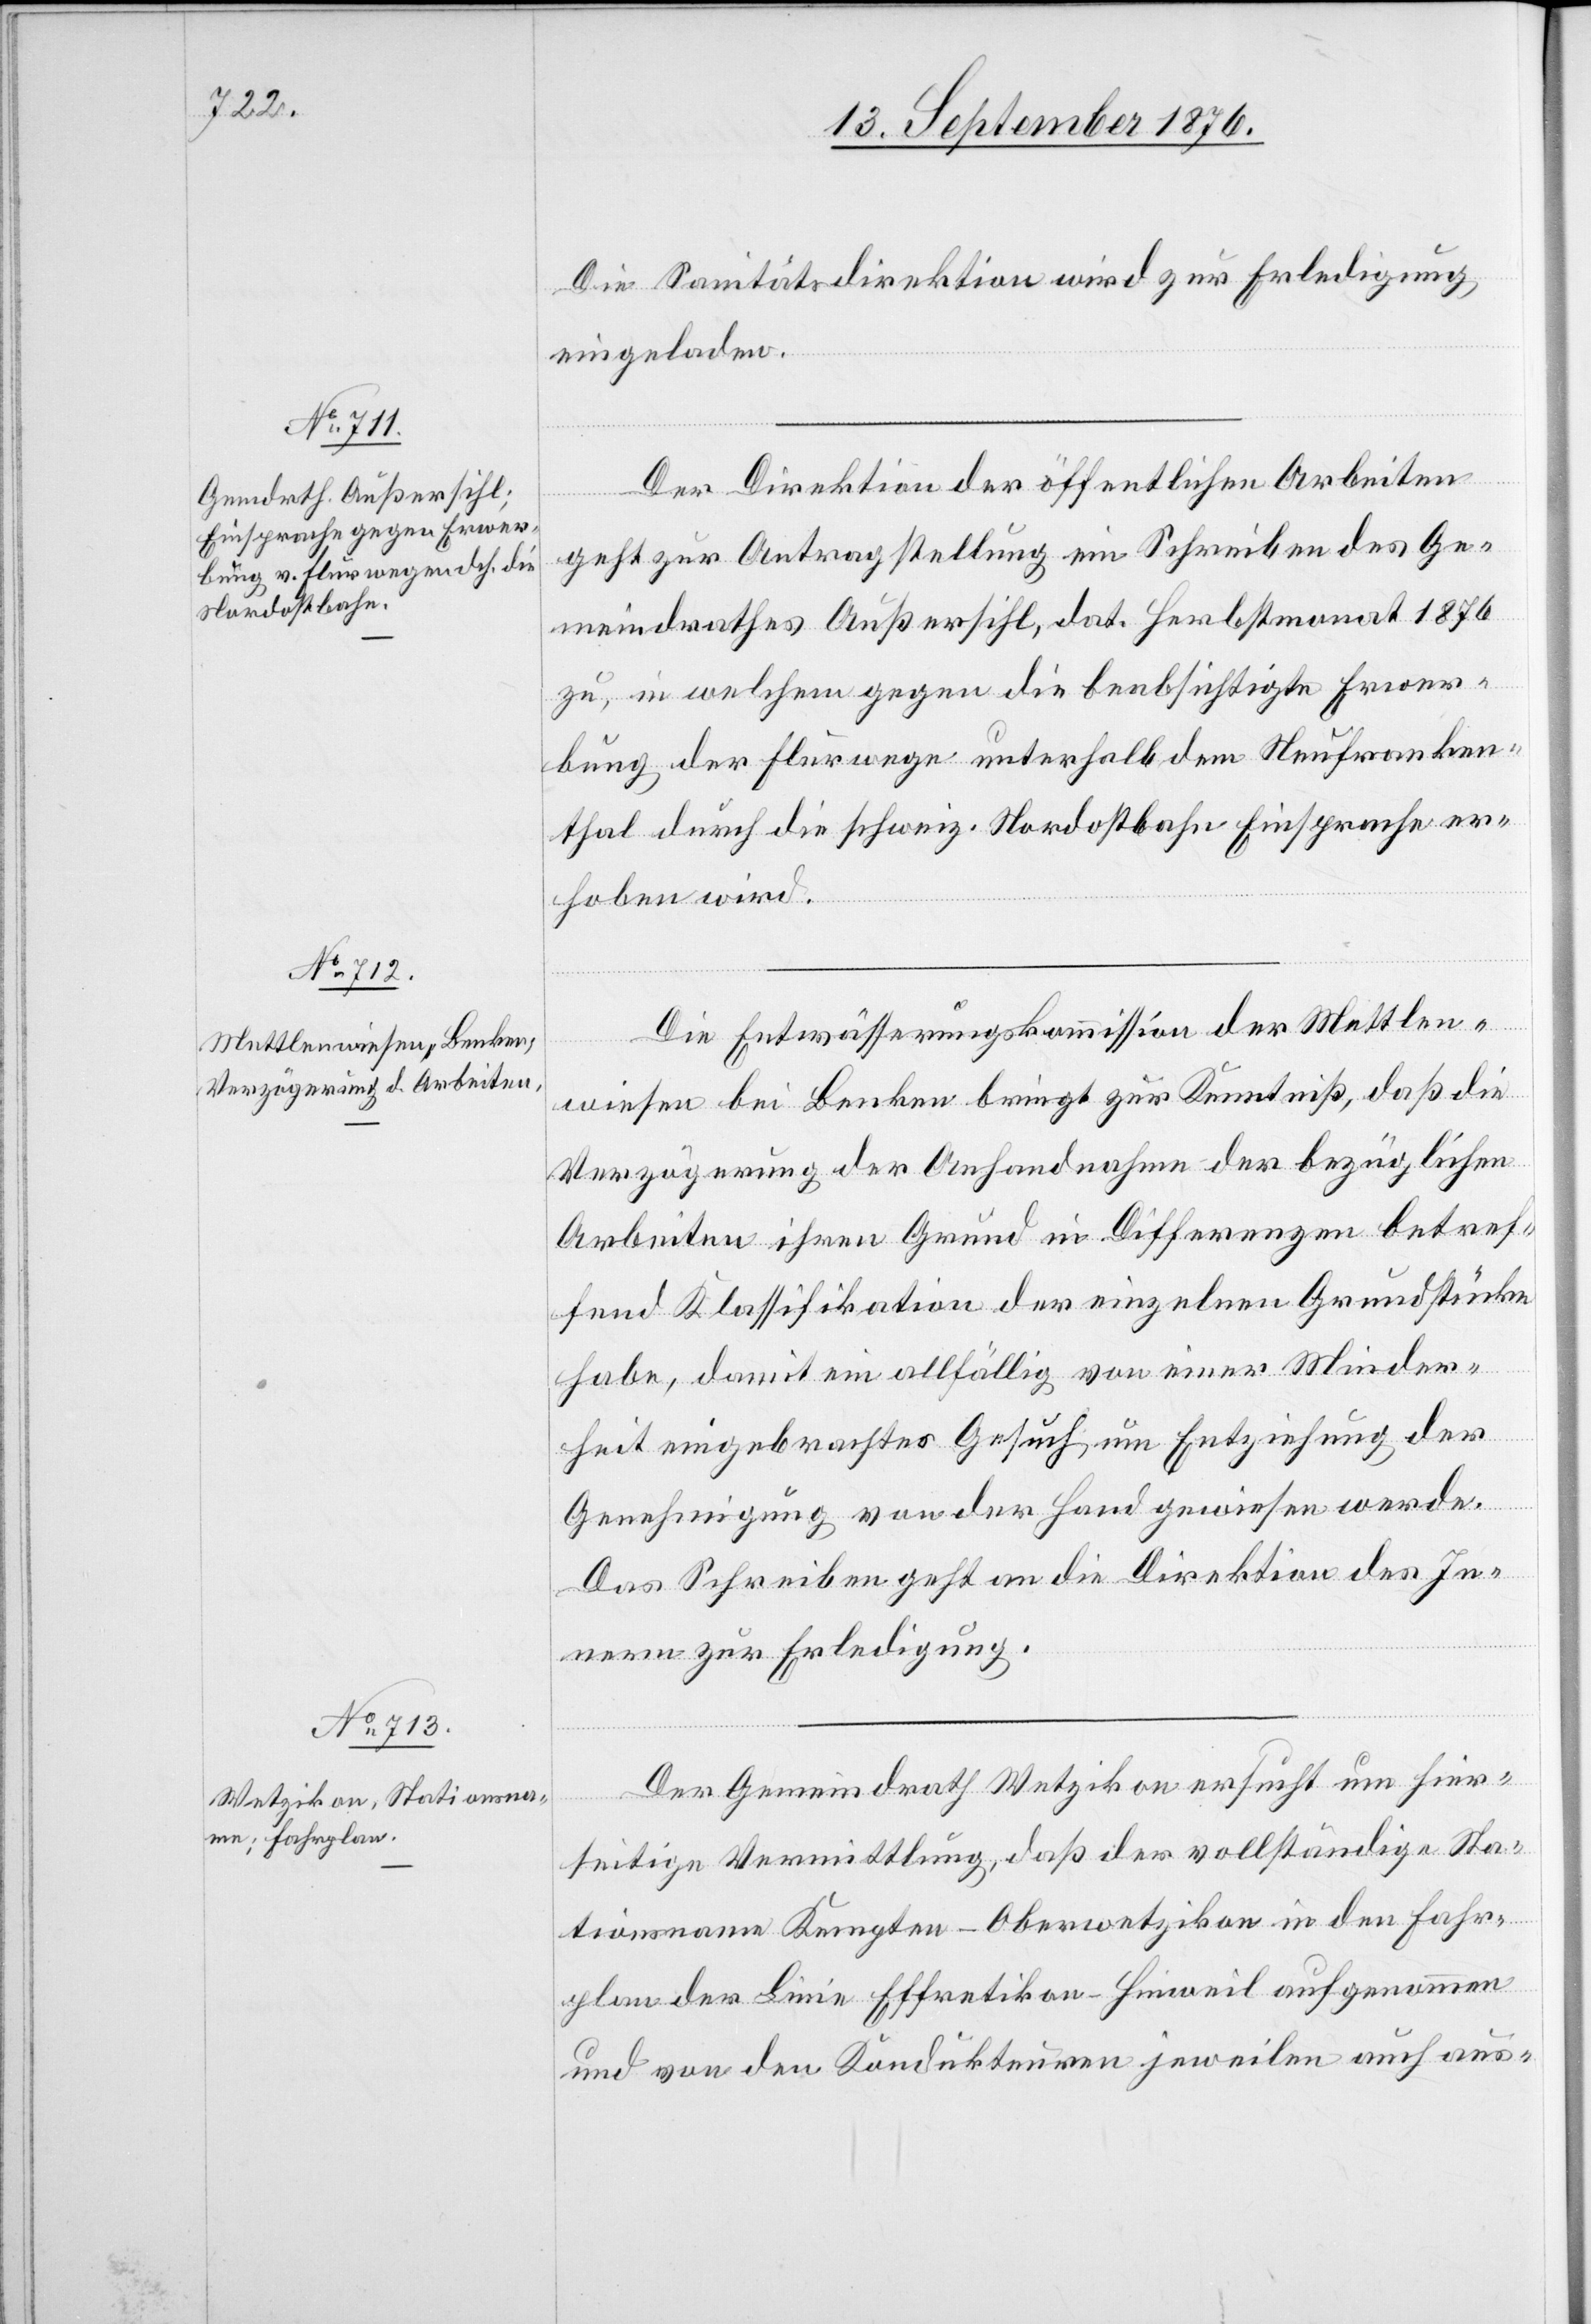
15. September 1876.]
Die Sanitätsdirektion wird zur Erledigung
eingeladen.
Der Direktion der öffentlichen Arbeiten
geht zur Antragstellung ein Schreiben des Ge¬
meindrathes Außersihl, dat. Herbstmonat 1876
zu, in welchem gegen die beabsichtige Erwer¬
bung der Flurwege unterhalb dem Neufranken¬
thal durch die schweiz. Nordostbahn Einsprache er¬
hoben wird.
Die Entwässerungskommission der Mettlen¬
wiesen bei Benken bringt zur Kenntniß, daß die
Verzögerung der Anhandnahme der bezüglichen
Arbeiten ihren Grund in Differenzen betref¬
fend Klassifikation der einzelnen Grundstücke
habe, damit ein allfällig von einer Minder¬
heit eingebrachtes Gesuch um Entziehung der
Genehmigung von der Hand gewiesen werde.
Das Schreiben geht an die Direktion des In¬
nern zur Erledigung.
Der Gemeindrath Wetzikon ersucht um hier¬
seitige Vermittlung, daß der vollständige Sta¬
tionsname Kempten-Oberwetzikon in den Fahr¬
plan der Linie Effretikon–Hinweil aufgenommen
und von den Kondukteuren jeweilen auch aus-